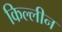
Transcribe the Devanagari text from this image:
किल्लीन